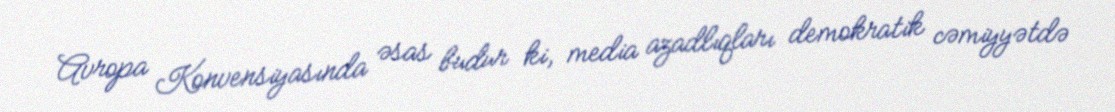
Avropa Konvensiyasında əsas budur ki, media azadlıqları demokratik cəmiyyətdə